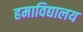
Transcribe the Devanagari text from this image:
हमाविद्यालय